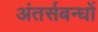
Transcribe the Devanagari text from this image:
अंतर्सबन्धों